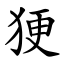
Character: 㹴